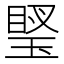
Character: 𤧩